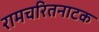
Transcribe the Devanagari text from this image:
रामचरितनाटक